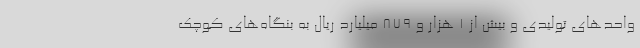
واحدهای تولیدی و بیش از 1 هزار و 879 میلیارد ریال به بنگاه‌های کوچک